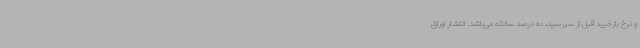
و نرخ بازخرید قبل از سررسید، ده درصد سالانه می‌باشد. انتشار اوراق